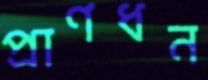
প্রাণধন